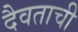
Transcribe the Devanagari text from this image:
दैवताची